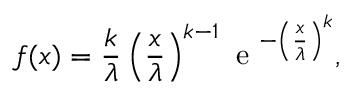
f ( x ) = \frac { k } { \lambda } \left( \frac { x } { \lambda } \right) ^ { k - 1 } \textrm { e } ^ { - \left( \frac { x } { \lambda } \right) ^ { k } } ,